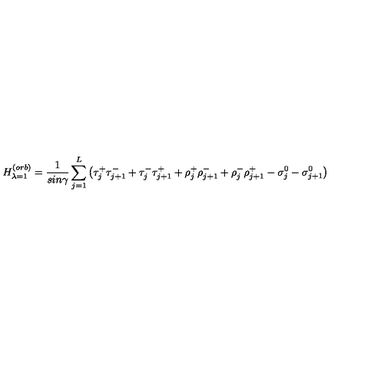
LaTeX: H _ { \lambda = 1 } ^ { ( o r b ) } = \frac { 1 } { s i n \gamma } \sum _ { j = 1 } ^ { L } \left( \tau _ { j } ^ { + } \tau _ { j + 1 } ^ { - } + \tau _ { j } ^ { - } \tau _ { j + 1 } ^ { + } + \rho _ { j } ^ { + } \rho _ { j + 1 } ^ { - } + \rho _ { j } ^ { - } \rho _ { j + 1 } ^ { + } - \sigma _ { j } ^ { 0 } - \sigma _ { j + 1 } ^ { 0 } \right)